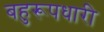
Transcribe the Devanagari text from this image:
बहुरूपधारी